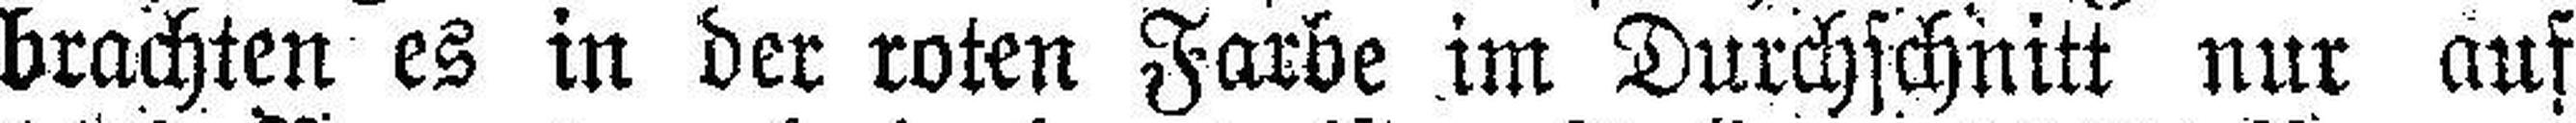
brachten es in der roten Farbe im Durchschnitt nur auf